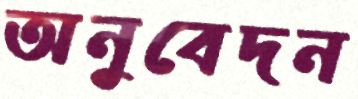
অনুবেদন